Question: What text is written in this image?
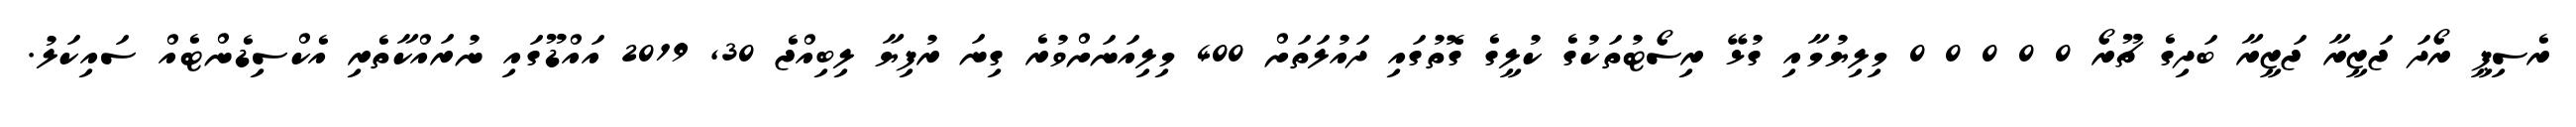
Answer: ރެސިޕީ ރޯދަ ޖަޒީރާ ޖަޒީރާ ބަދިގެ ޗޫރޯ 0 0 0 0 0 މިލިޔުމާއި ގުޅޭ ރިސޯޓުތަކުގެ ކުލީގެ ގޮތުގައި ދައުލަތަށް 400 މިލިއަނަށްވުރެ ގިނަ ރުފިޔާ ލިބިއްޖެ 30, 2019 އައްޑޫގައި ނުރައްކާތެރި އެކްސިޑެންޓެއް ސައިކަލު.